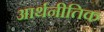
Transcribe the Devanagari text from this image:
आर्थनीतिक